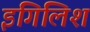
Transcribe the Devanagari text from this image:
इंगिलिश